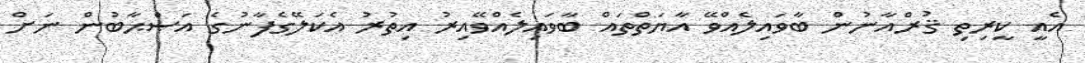
އެއީ ކީރިތި ޤުރްއާނުން ބާވައިލެއްވޭ އާޔަތްތައް ބާވައިލެއްވޭއިރު އިތުރު އެކަލޭގެފާނުގެ އަޞްޙާބުން ނަށް